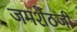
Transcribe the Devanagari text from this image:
जमशेठजी